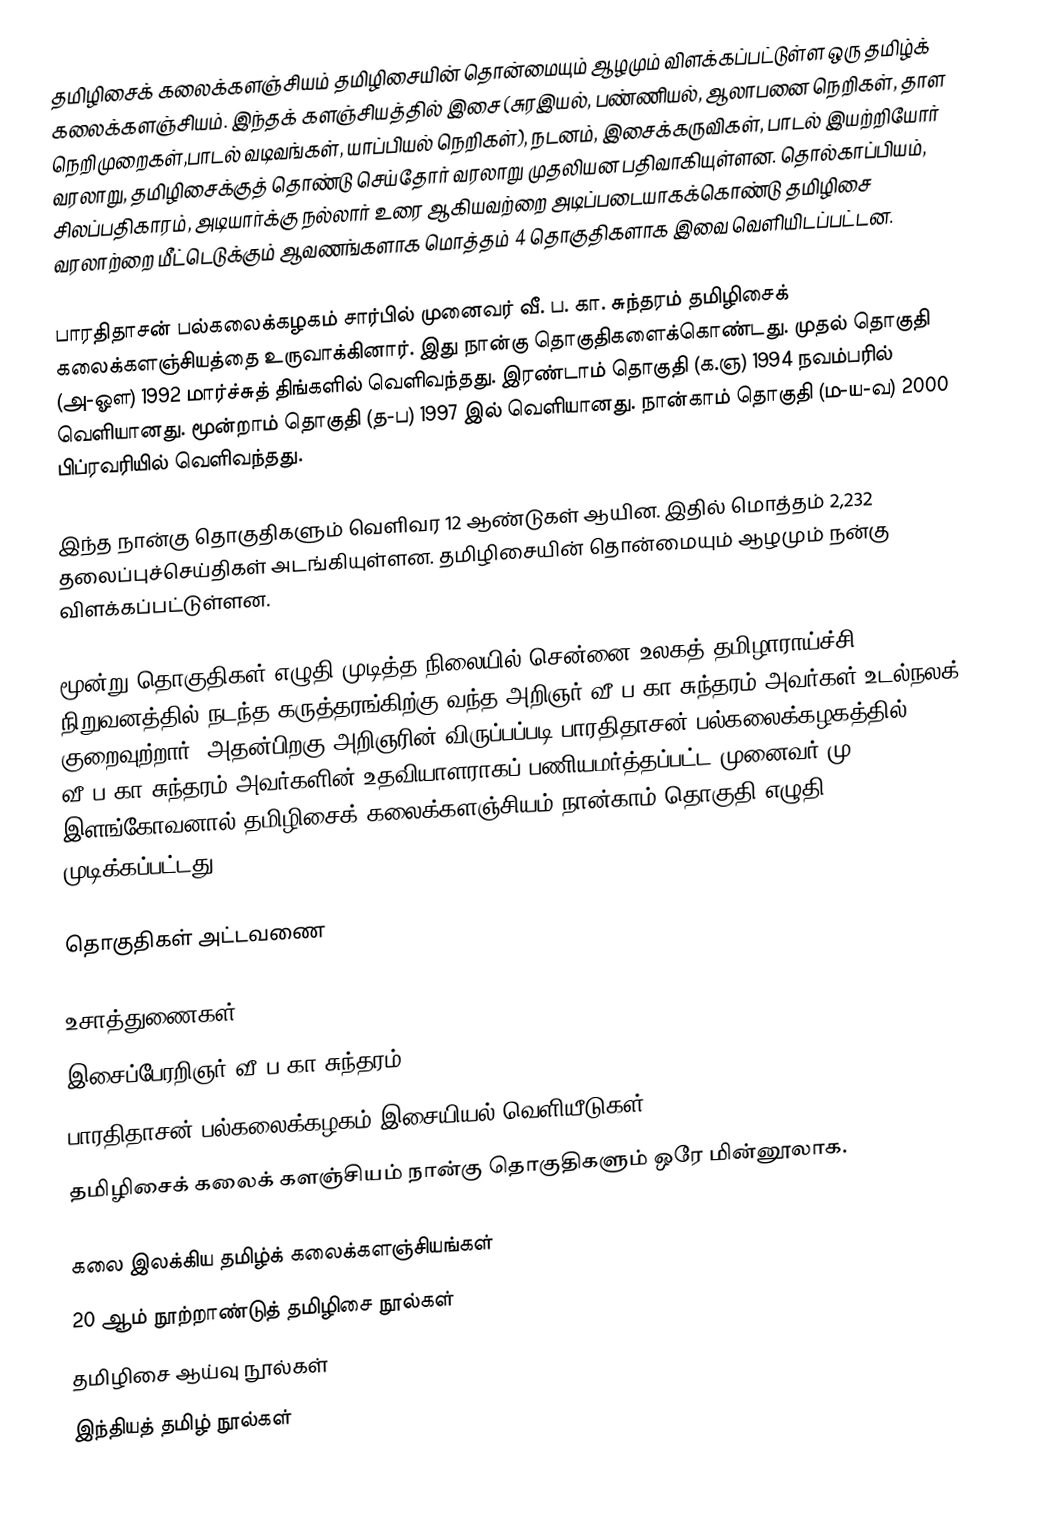
தமிழிசைக் கலைக்களஞ்சியம் தமிழிசையின் தொன்மையும் ஆழமும் விளக்கப்பட்டுள்ள ஒரு தமிழ்க் கலைக்களஞ்சியம். இந்தக் களஞ்சியத்தில் இசை (சுரஇயல், பண்ணியல், ஆலாபனை நெறிகள், தாள நெறிமுறைகள்,பாடல் வடிவங்கள், யாப்பியல் நெறிகள்), நடனம், இசைக்கருவிகள், பாடல் இயற்றியோர் வரலாறு, தமிழிசைக்குத் தொண்டு செய்தோர் வரலாறு முதலியன பதிவாகியுள்ளன. தொல்காப்பியம், சிலப்பதிகாரம், அடியார்க்கு நல்லார் உரை ஆகியவற்றை அடிப்படையாகக்கொண்டு தமிழிசை வரலாற்றை மீட்டெடுக்கும் ஆவணங்களாக மொத்தம் 4 தொகுதிகளாக இவை வெளியிடப்பட்டன.

பாரதிதாசன் பல்கலைக்கழகம் சார்பில் முனைவர் வீ. ப. கா. சுந்தரம் தமிழிசைக் கலைக்களஞ்சியத்தை உருவாக்கினார். இது நான்கு தொகுதிகளைக்கொண்டது. முதல் தொகுதி (அ-ஔ) 1992 மார்ச்சுத் திங்களில் வெளிவந்தது. இரண்டாம் தொகுதி (க.ஞ) 1994 நவம்பரில் வெளியானது. மூன்றாம் தொகுதி (த-ப) 1997 இல் வெளியானது. நான்காம் தொகுதி (ம-ய-வ) 2000 பிப்ரவரியில் வெளிவந்தது.

இந்த நான்கு தொகுதிகளும் வெளிவர 12 ஆண்டுகள் ஆயின. இதில் மொத்தம் 2,232 தலைப்புச்செய்திகள் அடங்கியுள்ளன. தமிழிசையின் தொன்மையும் ஆழமும் நன்கு விளக்கப்பட்டுள்ளன.

மூன்று தொகுதிகள் எழுதி முடித்த நிலையில் சென்னை உலகத் தமிழாராய்ச்சி நிறுவனத்தில் நடந்த கருத்தரங்கிற்கு வந்த அறிஞர் வீ.ப.கா.சுந்தரம் அவர்கள் உடல்நலக் குறைவுற்றார். அதன்பிறகு அறிஞரின் விருப்பப்படி பாரதிதாசன் பல்கலைக்கழகத்தில் வீ.ப.கா.சுந்தரம் அவர்களின் உதவியாளராகப் பணியமர்த்தப்பட்ட முனைவர் மு. இளங்கோவனால் தமிழிசைக் கலைக்களஞ்சியம் நான்காம் தொகுதி எழுதி முடிக்கப்பட்டது.

தொகுதிகள் அட்டவணை

உசாத்துணைகள்
 இசைப்பேரறிஞர் வீ.ப.கா.சுந்தரம் (05.09.1915 -09.03.2003)
 பாரதிதாசன் பல்கலைக்கழகம் இசையியல் வெளியீடுகள்
 தமிழிசைக் கலைக் களஞ்சியம் நான்கு தொகுதிகளும் ஒரே மின்னூலாக.

கலை இலக்கிய தமிழ்க் கலைக்களஞ்சியங்கள்
20 ஆம் நூற்றாண்டுத் தமிழிசை நூல்கள்
தமிழிசை ஆய்வு நூல்கள்
இந்தியத் தமிழ் நூல்கள்